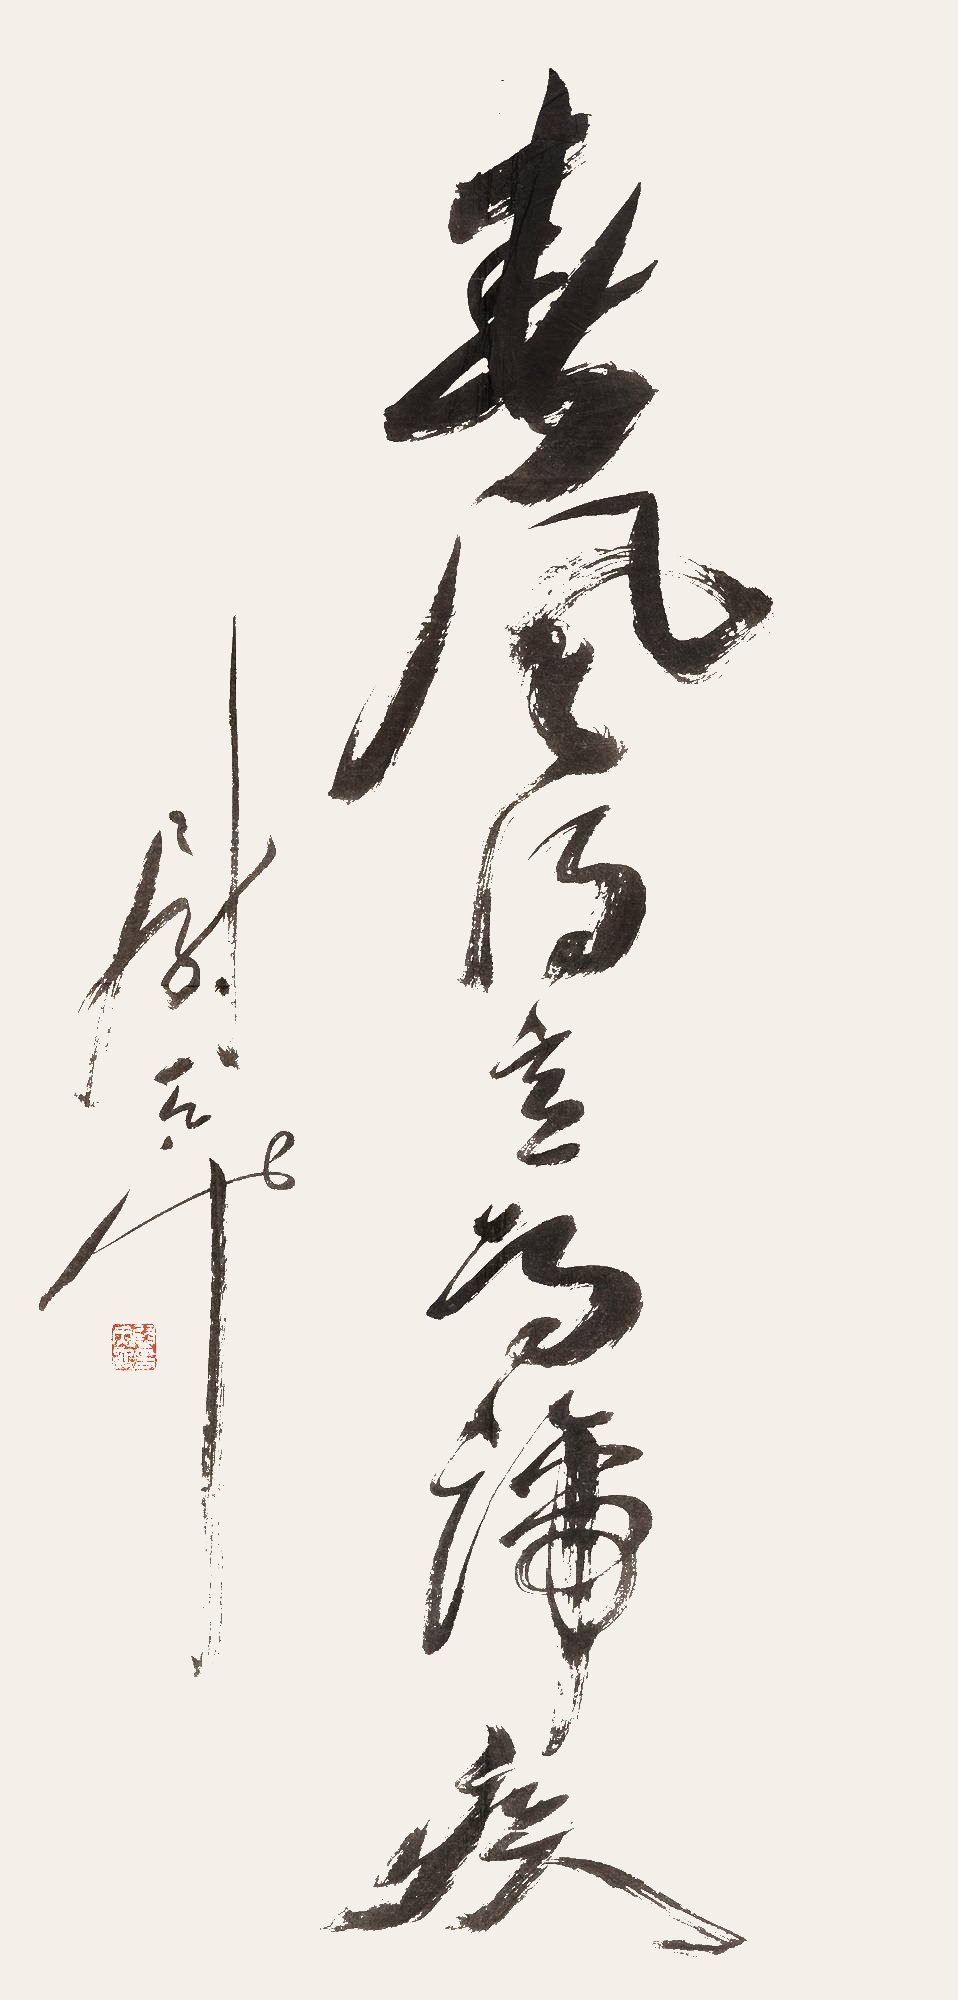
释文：春风得意马蹄疾尉天池。